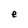
Character: e